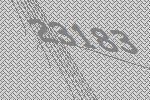
23183